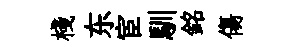
棧东宦馴銘傷